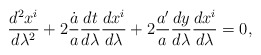
\begin{align*}{{d^2x^i}\over{d\lambda^2}}+2{\dot{a}\over a}{{dt}\over{d\lambda}}{{dx^i}\over{d\lambda}}+2{a^{\prime}\over a}{{dy}\over{d\lambda}}{{dx^i}\over{d\lambda}}=0,\end{align*}